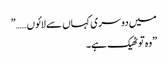
میں دوسری کہاں سے لائوں……”
”وہ تو ٹھیک ہے۔